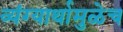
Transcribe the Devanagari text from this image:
व्यंग्यार्थामुळेच